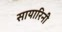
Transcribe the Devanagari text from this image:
सायारिनी